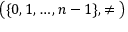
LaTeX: { \big ( } \{ 0 , 1 , \dots , n - 1 \} , \neq { \big ) }